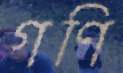
গণি